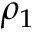
\rho _ { 1 }